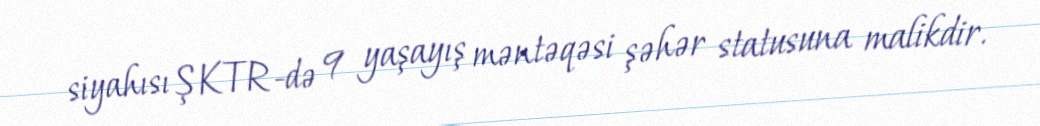
siyahısı ŞKTR-də 9 yaşayış məntəqəsi şəhər statusuna malikdir.